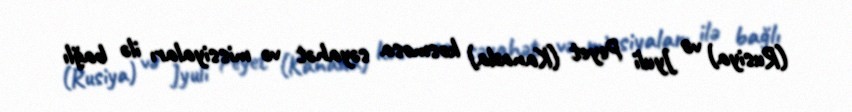
(Rusiya) və Jyuli Peyet (Kanada) kosmosa səyahət və missiyaları ilə bağlı